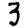
Digit: 3